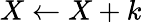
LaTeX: X\gets X+k